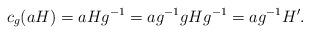
LaTeX: \begin{align*} c_g(aH) = aHg^{-1} = ag^{-1} gHg^{-1} = ag^{-1} H'.\end{align*}